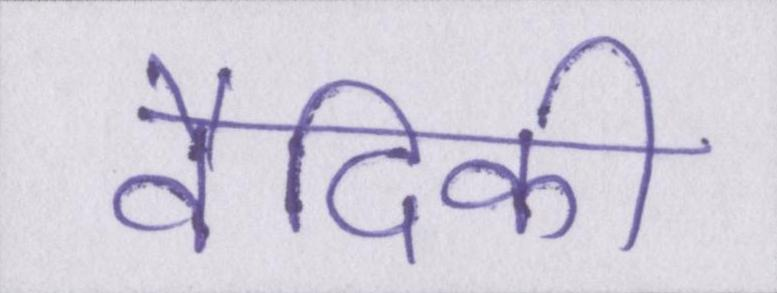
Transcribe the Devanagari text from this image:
वैदिकी